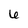
Character: 6